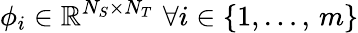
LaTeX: \phi_{i}\in\mathbb{R}^{N_{S}\times N_{T}}\, \, \forall i\in\{ 1,\dots,\, m\}